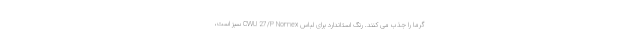
گرما را جذب می کنند. رنگ استاندارد برای لباس CWU 27/P Nomex سبز است،